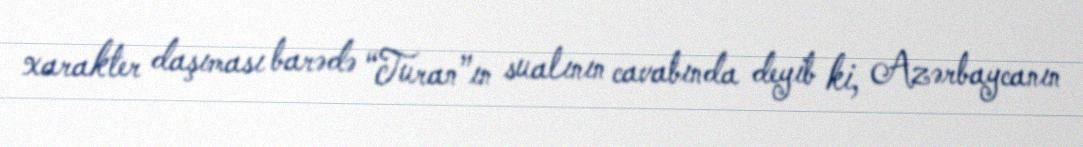
xarakter daşıması barədə “Turan”ın sualının cavabında deyib ki, Azərbaycanın